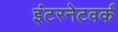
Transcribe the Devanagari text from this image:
इंटरनेटवर्क